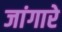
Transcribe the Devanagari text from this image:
जांगारे